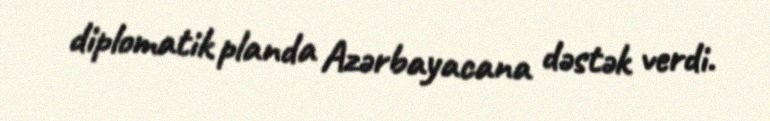
diplomatik planda Azərbayacana dəstək verdi.